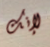
لإنك